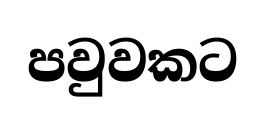
පවුවකට